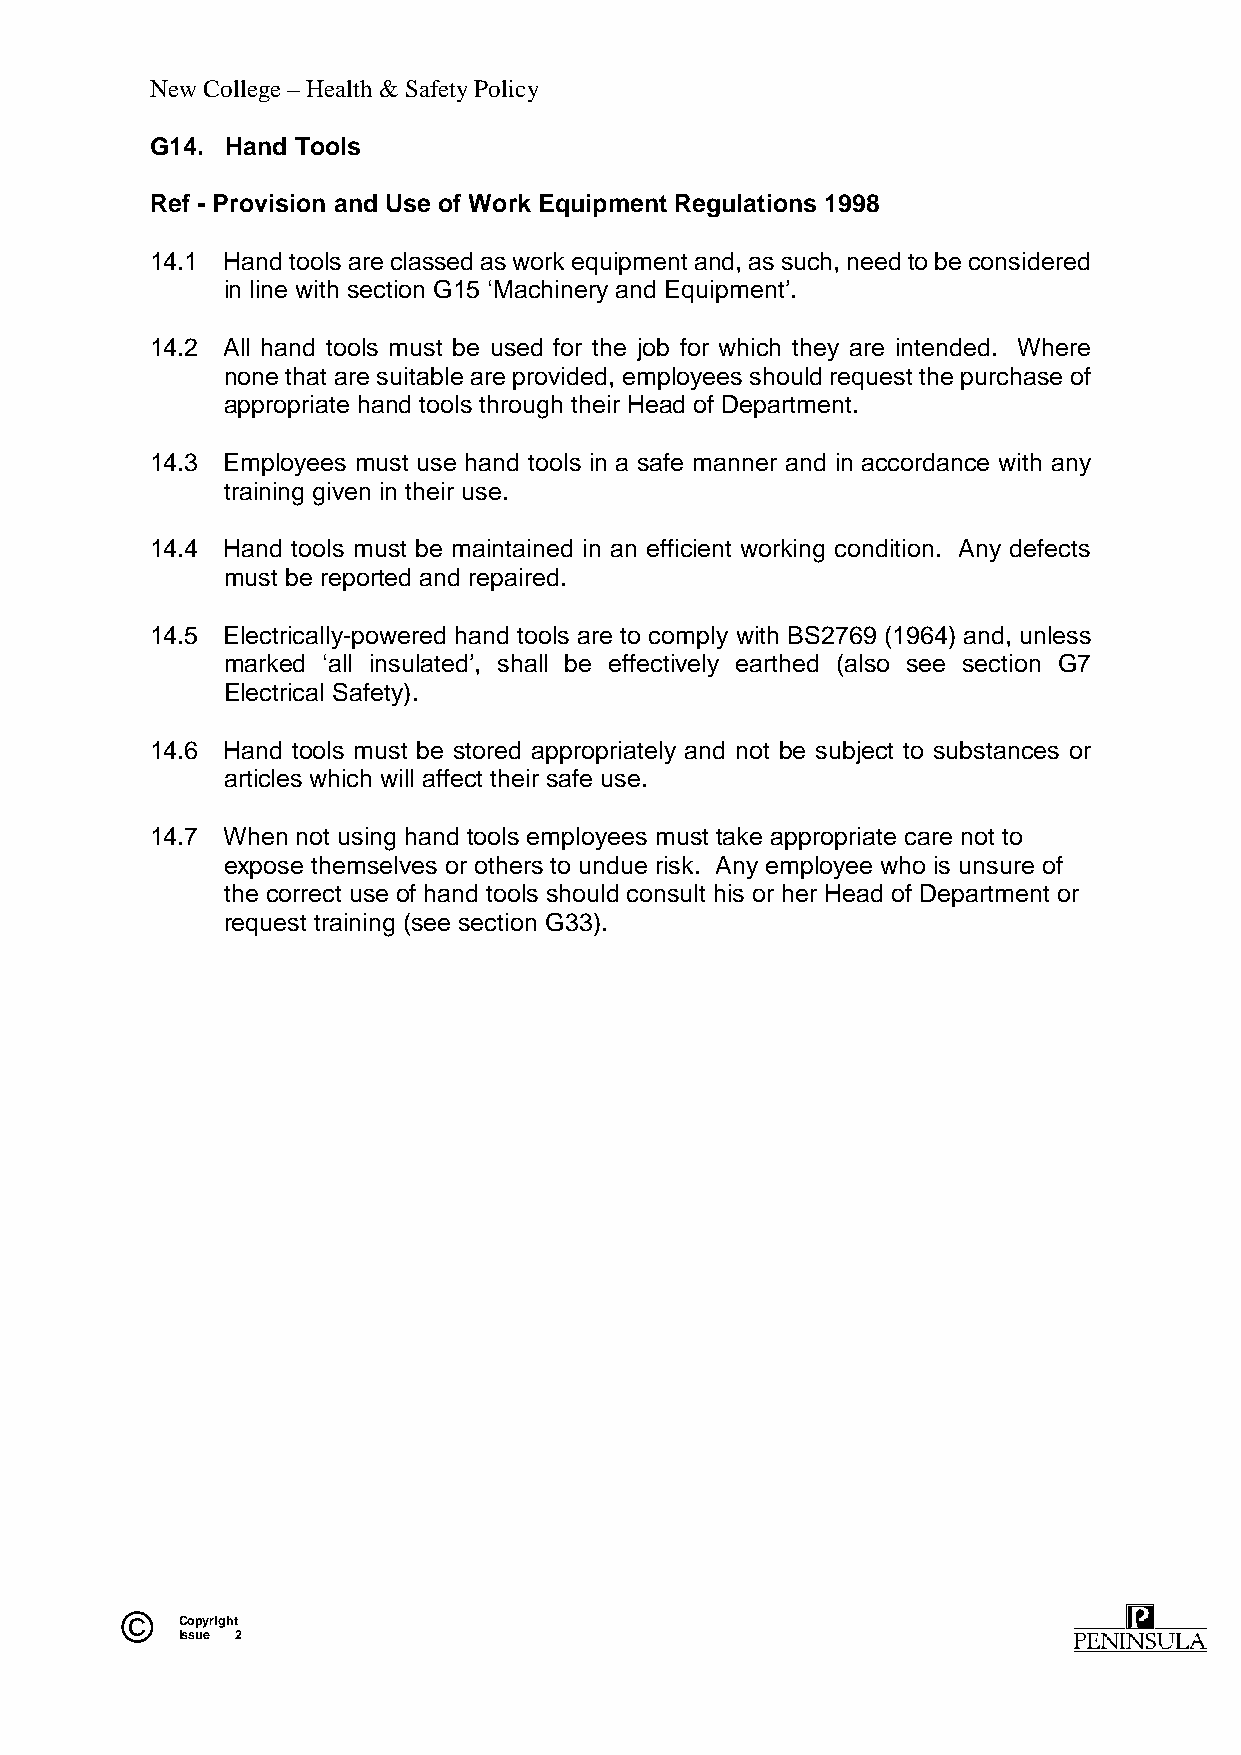
New College – Health & Safety Policy
 G14. Hand Tools
 Ref - Provision and Use of Work Equipment Regulations 1998
 14.1 Hand tools are classed as work equipment and, as such, need to be considered
 in line with section G15 ‘Machinery and Equipment’.
 14.2 All hand tools must be used for the job for which they are intended. Where
 none that are suitable are provided, employees should request the purchase of
 appropriate hand tools through their Head of Department.
 14.3 Employees must use hand tools in a safe manner and in accordance with any
 training given in their use.
 14.4 Hand tools must be maintained in an efficient working condition. Any defects
 must be reported and repaired.
 14.5 Electrically-powered hand tools are to comply with BS2769 (1964) and, unless
 marked ‘all insulated’, shall be effectively earthed (also see section G7
 Electrical Safety).
 14.6 Hand tools must be stored appropriately and not be subject to substances or
 articles which will affect their safe use.
 14.7 When not using hand tools employees must take appropriate care not to
 expose themselves or others to undue risk. Any employee who is unsure of
 the correct use of hand tools should consult his or her Head of Department or
 request training (see section G33).
 ©   Copyright
 Issue 2